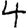
Digit: 4